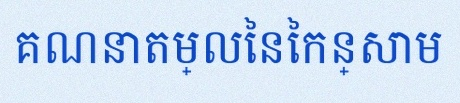
គណនាតម្លៃនៃកន្សោម